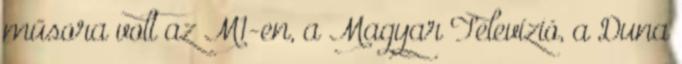
műsora volt az M1-en, a Magyar Televízió, a Duna